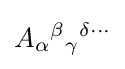
A_{\alpha }{}^{\beta }{}_{\gamma }{}^{\delta \cdots }